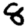
Digit: 8